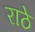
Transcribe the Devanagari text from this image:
राठे